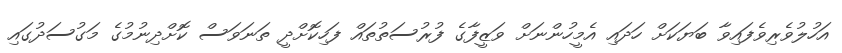
އަހުލުވެރިވެފައިވާ ބަޔަކަށް ހަދައި އެމީހުންނަށް ވަޒީފާގެ ފުރުސަތުތައް ފަހިކޮށްދީ ތަނަވަސް ކޮށްދިނުމުގެ މަގުސަދުގައި